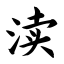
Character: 渎